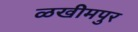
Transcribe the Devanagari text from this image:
ळखीमपुर